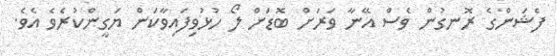
ފެޝަންގެ ރޮނގުން ވެސް އޭނާ ވަރަށް ބޮޑަށް ލޯ ހުޅުވިފައިވާކަން ޔަގީންކުރެވެ އެވެ.